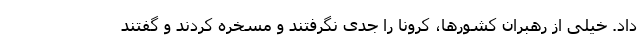
داد. خیلی از رهبران کشورها، کرونا را جدی نگرفتند و مسخره کردند و گفتند